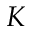
K